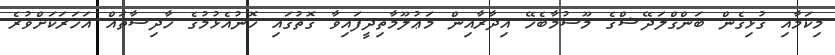
މިކަމާއި ގުޅިގެން ބަންގްލަދޭޝްގެ މޫސުމާބެހޭ އިދާރާއިން މަޢުލޫމާތިދީފައިވާ ގޮތުގައި ހޮނުއެޅުމުގެ ހާދިސާތައް އަހަރަކަށްވުރެ